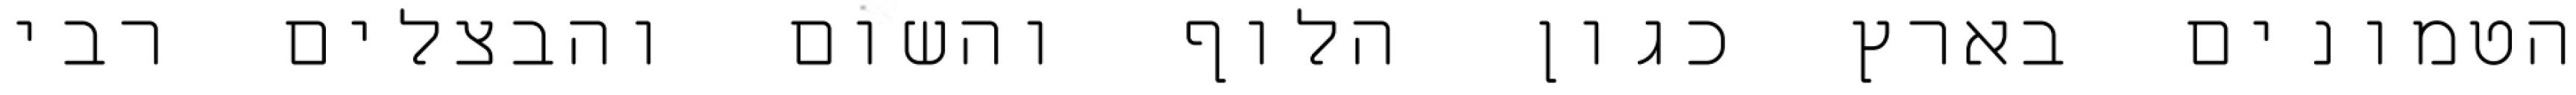
הטמונים בארץ כגון הלוף והשום והבצלים רבי